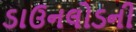
ડાઉનલોડની